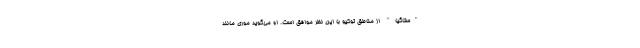
"ستاگیا" از مناطق توکیو با این نظر موافق است. او می‌گوید موری مانند